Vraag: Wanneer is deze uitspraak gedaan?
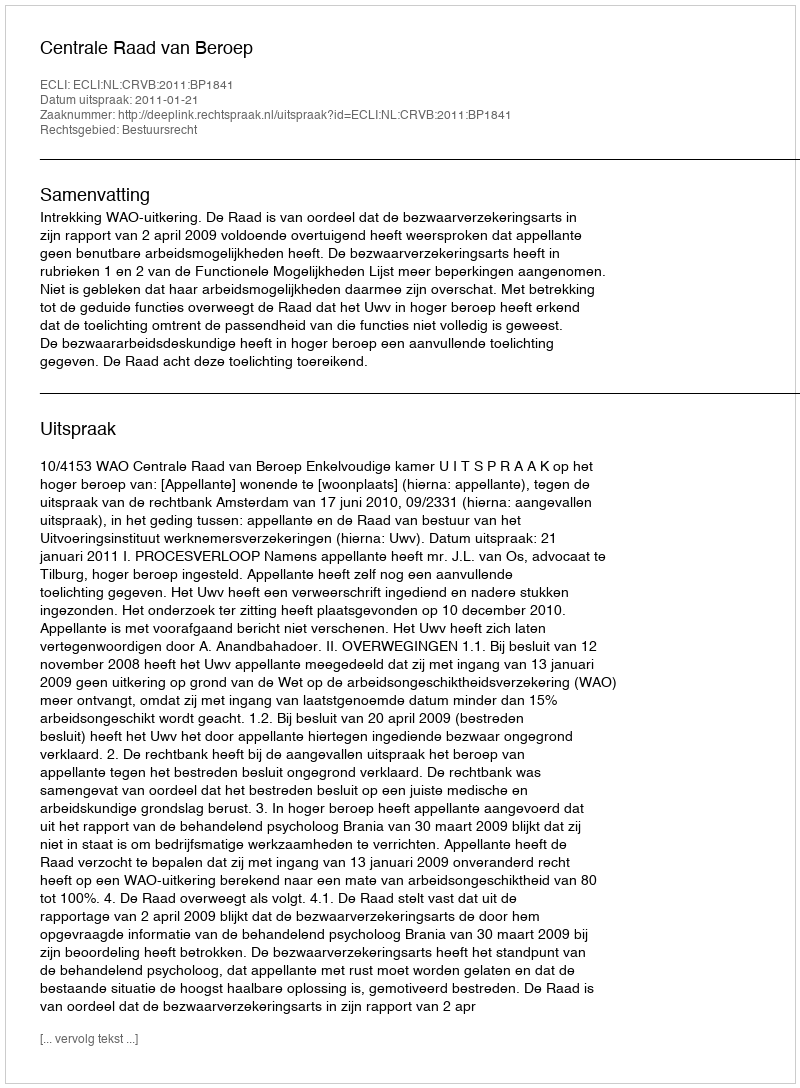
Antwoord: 2011-01-21